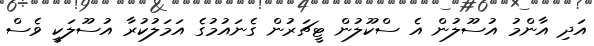
އަދި އާންމު އުސޫލުން އެ ސްކޫލުން ޓީޗަރުން ގެނައުމުގެ އަމަލުކުރާ އުސޫލަކީ ވެސް